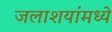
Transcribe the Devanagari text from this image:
जलाशयांमध्ये